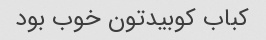
کباب کوبیدتون خوب بود